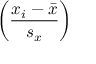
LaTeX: \left( { \frac { x _ { i } - { \bar { x } } } { s _ { x } } } \right)